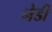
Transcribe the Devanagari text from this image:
नेडी